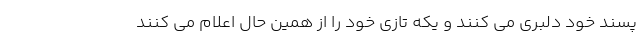
پسند خود دلبری می کنند و یکه تازی خود را از همین حال اعلام می کنند